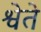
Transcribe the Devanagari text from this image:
श्वेते